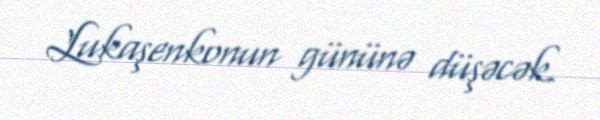
Lukaşenkonun gününə düşəcək.